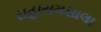
સહાયમસાલા